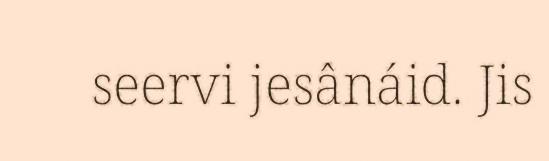
seervi jesânáid. Jis